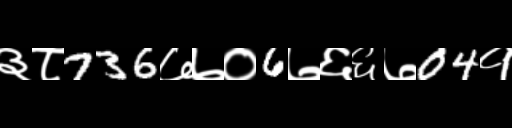
Text: ३८736७७०6७६६७04१